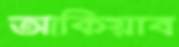
আকিয়াব